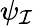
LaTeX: \psi_{\mathcal{I}}